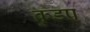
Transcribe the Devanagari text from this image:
क्रुडप